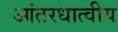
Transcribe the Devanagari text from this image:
आंतरधात्वीय